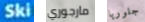
Ski مارجوري جلوريا